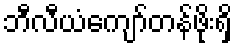
ဘီလီယံကျော်တန်ဖိုးရှိ